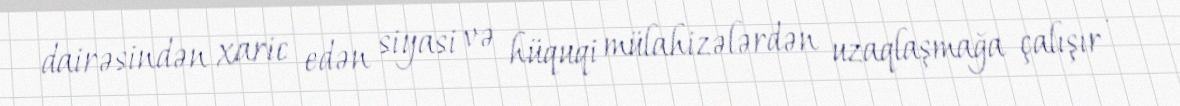
dairəsindən xaric edən siyasi və hüquqi mülahizələrdən uzaqlaşmağa çalışır .